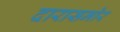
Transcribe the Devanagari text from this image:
दारासमोर